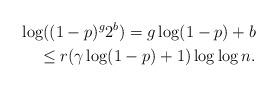
LaTeX: \begin{align*}\log ((1-p)^g 2^b)=g\log (1-p)+b\\\leq r(\gamma \log(1-p) +1)\log\log n. \end{align*}